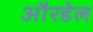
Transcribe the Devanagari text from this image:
औरडेल